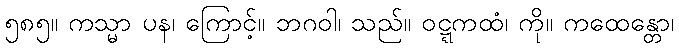
၅၈၅။ ကသ္မာ ပန၊ ကြောင့်။ ဘဂဝါ၊ သည်။ ဝဋ္ဋကထံ၊ ကို။ ကထေန္တော၊